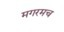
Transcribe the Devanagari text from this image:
मगरमच